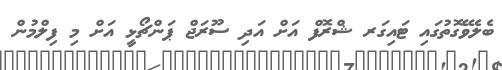
ބެލެވޭގޮތުގައި ޓައިގަރ ޝްރޮފް އަށް އަދި ސޫރަޖް ޕަންޗޯޅީ އަށް މި ފިލްމުން